Indian journal of veterinary science and animal husbandry - Volume 12,
Year: 1942
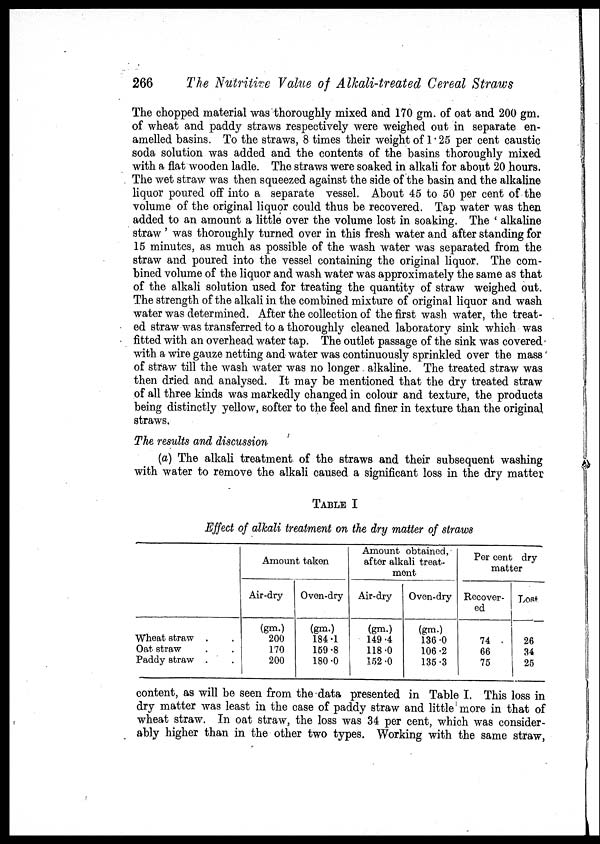
266
The Nutritive Value of Alkali-treated Cereal Straws
The chopped material was thoroughly mixed and 170 gm. of oat and 200 gm.
of wheat and paddy straws respectively were weighed out in separate en-
amelled basins. To the straws, 8 times their weight of 1.25 per cent caustic
soda solution was added and the contents of the basins thoroughly mixed
with a flat wooden ladle. The straws were soaked in alkali for about 20 hours.
The wet straw was then squeezed against the side of the basin and the alkaline
liquor poured off into a separate vessel. About 45 to 50 per cent of the
volume of the original liquor could thus be recovered. Tap water was then
added to an amount a little over the volume lost in soaking. The ' alkaline
straw ' was thoroughly turned over in this fresh water and after standing for
15 minutes, as much as possible of the wash water was separated from the
straw and poured into the vessel containing the original liquor. The com-
bined volume of the liquor and wash water was approximately the same as that
of the alkali solution used for treating the quantity of straw weighed out.
The strength of the alkali in the combined mixture of original liquor and wash
water was determined. After the collection of the first wash water, the treat-
ed straw was transferred to a thoroughly cleaned laboratory sink which was
fitted with an overhead water tap. The outlet passage of the sink was covered
with a wire gauze netting and water was continuously sprinkled over the mass
of straw till the wash water was no longer alkaline. The treated straw was
then dried and analysed. It may be mentioned that the dry treated straw
of all three kinds was markedly changed in colour and texture, the products
being distinctly yellow, softer to the feel and finer in texture than the original
straws.
The results and discussion
(a) The alkali treatment of the straws and their subsequent washing
with water to remove the alkali caused a significant loss in the dry matter
TABLE I
Effect of alkali treatment on the dry matter of straws
Wheat straw . .
Oat straw . .
Paddy straw . .
Amount taken
Air-dry
(gm.)
200
170
200
Oven-dry
(gm.)
184.1
159.8
180.0
Amount obtained,
after alkali treat-
ment
Air-dry
(gm.)
149.4
118.0
152.0
Oven-dry
(gm.)
136.0
106.2
135.3
Per cent dry
matter
Recover-
ed
74
66
75
Lost
26
34
25
content, as will be seen from the data presented in Table I. This loss in
dry matter was least in the case of paddy straw and little more in that of
wheat straw. In oat straw, the loss was 34 per cent, which was consider-
ably higher than in the other two types. Working with the same straw,